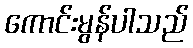
ကောင်းမွန်ပါသည်